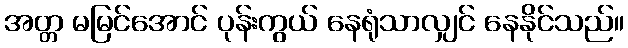
အတ္တ မမြင်အောင် ပုန်းကွယ် နေရုံသာလျှင် နေနိုင်သည်။